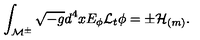
\int _ { { \cal M } ^ { \pm } } \sqrt { - g } d ^ { 4 } x E _ { \phi } { \cal L } _ { t } \phi = \pm { \cal H } _ { ( m ) } .